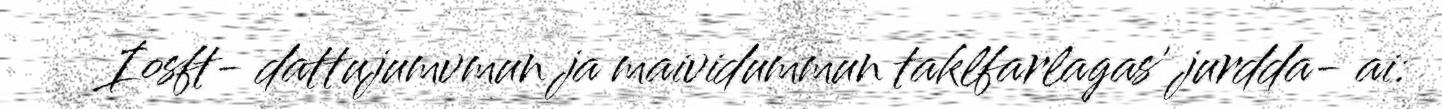
Iosft- dattujumvmun ja maividummun taklfarlagas' jurdda- ai: